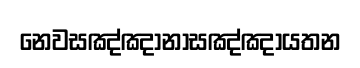
නෙවසඤ්ඤානාසඤ්ඤායතන